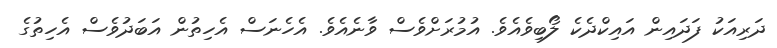
ދަރިއަކު ފަދައިން އައިކްދެކެ ލޯބިވެއެވެ. އުމުރަށްވެސް ވާނެއެވެ. އެހެނަސް އެހިތުން އަބަދުވެސް އެހިތުގެ